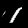
Digit: 1